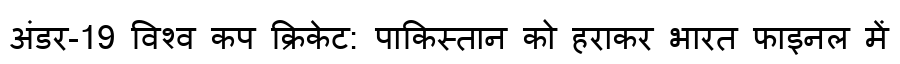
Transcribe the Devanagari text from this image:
अंडर-19 विश्व कप क्रिकेट: पाकिस्तान को हराकर भारत फाइनल में